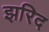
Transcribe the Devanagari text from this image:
झरिद